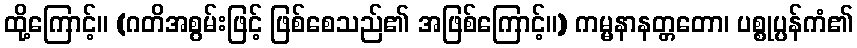
ထို့ကြောင့်။ (ဂတိအစွမ်းဖြင့် ဖြစ်စေသည်၏ အဖြစ်ကြောင့်။) ကမ္မနာနတ္တတော၊ ပစ္စုပ္ပန်ကံ၏